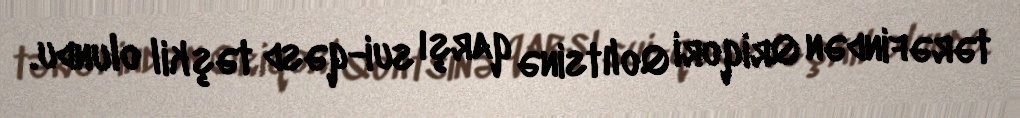
tərəfindən Qriqori Qolıtsinə qarşı sui-qəsd təşkil olundu.